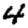
Digit: 4